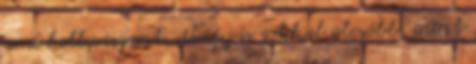
ami kell viszont, de így is sokkal olcsóbb, mint